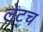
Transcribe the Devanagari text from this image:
लेट्च